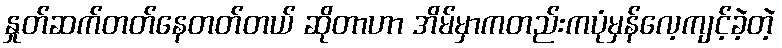
နှုတ်ဆက်တတ်နေတတ်တယ် ဆိုတာဟာ အိမ်မှာကတည်းကပုံမှန်လေ့ကျင့်ခဲ့တဲ့